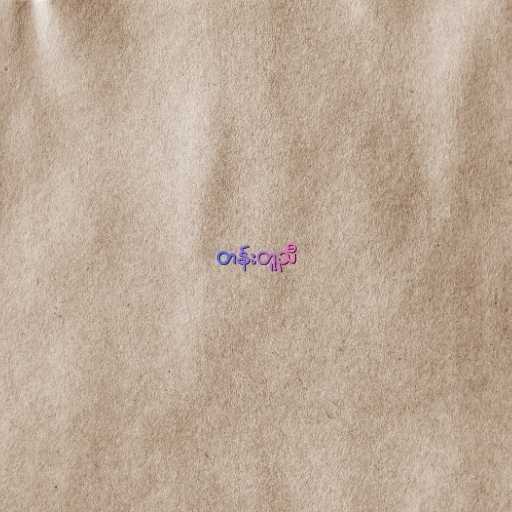
တန်းတူညီ